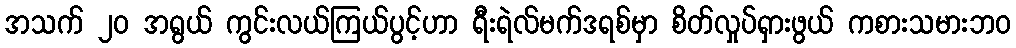
အသက် ၂၀ အရွယ် ကွင်းလယ်ကြယ်ပွင့်ဟာ ရီးရဲလ်မက်ဒရစ်မှာ စိတ်လှုပ်ရှားဖွယ် ကစားသမားဘဝ